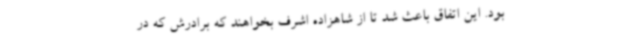
بود. این اتفاق باعث شد تا از شاهزاده اشرف بخواهند که برادرش که در